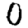
Digit: 0